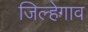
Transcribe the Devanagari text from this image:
जिल्हेगाव